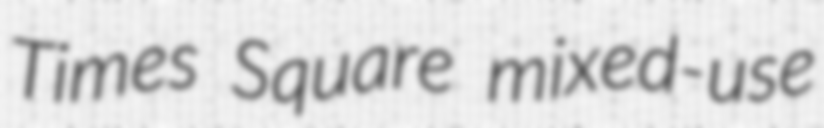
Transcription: Times Square mixed-use